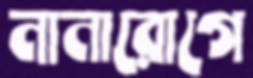
নানারোগে